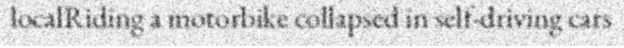
localRiding a motorbike collapsed in self-driving cars